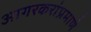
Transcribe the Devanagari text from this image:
आगरकरांप्रमाणे